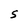
Character: S